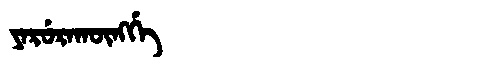
Manchu: ᠶᠠᡵᡠᡵᠠᡴᡡᠩᡤᡝ
Romanization: YARURAKŪNGGE